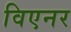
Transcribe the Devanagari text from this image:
विएनर